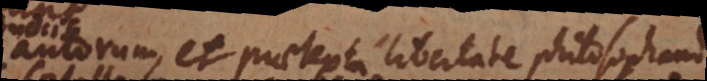
autorum, et praetexta libertate philosophandi